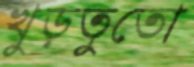
খুড়তুতো